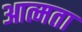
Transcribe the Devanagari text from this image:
आत्मता